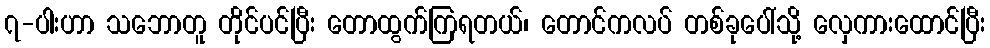
၇-ပါးဟာ သဘောတူ တိုင်ပင်ပြီး တောထွက်ကြရတယ်၊ တောင်ကလပ် တစ်ခုပေါ်သို့ လှေကားထောင်ပြီး